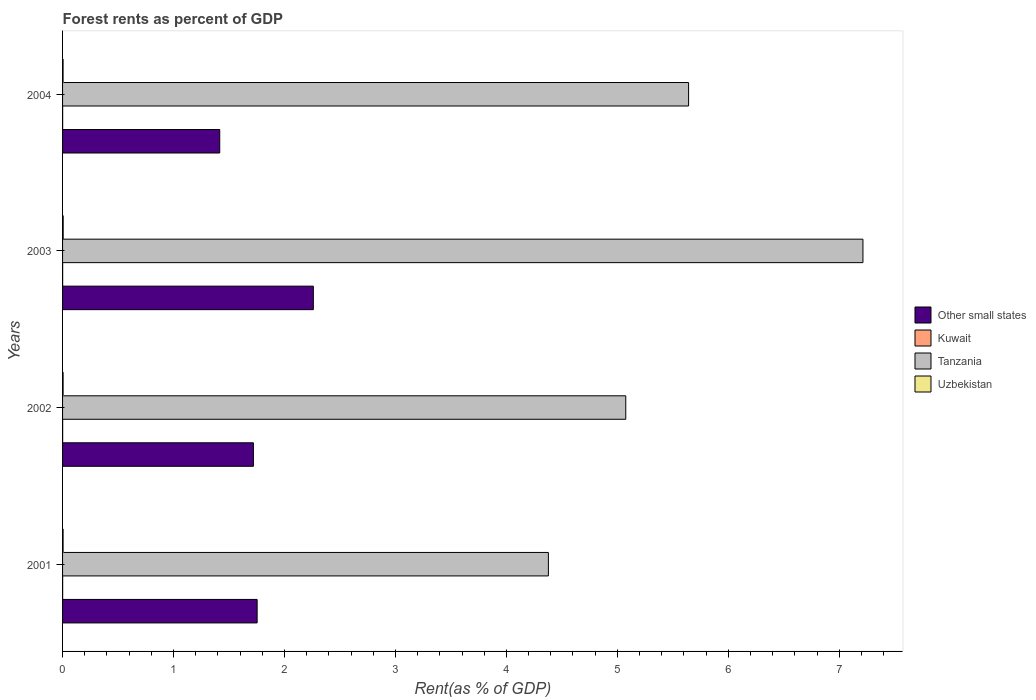
| Years | Other small states | Kuwait | Tanzania | Uzbekistan |
 | --- | --- | --- | --- | --- |
 | 2001 | 1.75 | 0.000688 | 4.38 | 0.00471 |
 | 2002 | 1.72 | 0.000781 | 5.08 | 0.00495 |
 | 2003 | 2.26 | 0.000676 | 7.21 | 0.00566 |
 | 2004 | 1.42 | 0.000619 | 5.64 | 0.00467 |